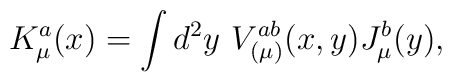
K^a_{\mu}(x) = \int d^2y~ V^{ab}_{(\mu)}(x,y)J^b_{\mu}(y),